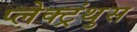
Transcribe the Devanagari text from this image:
प्लेक्ट्रंथुस